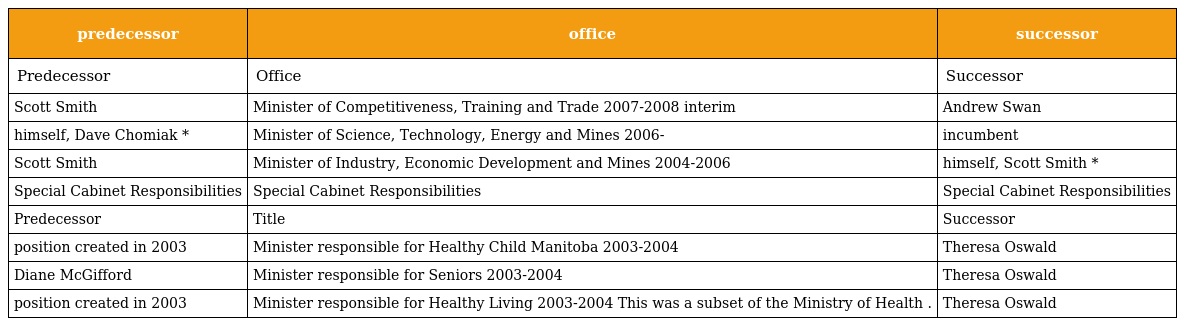
| predecessor | office | successor |
 | --- | --- | --- |
 | Predecessor | Office | Successor |
 | Scott Smith | Minister of Competitiveness, Training and Trade 2007-2008 interim | Andrew Swan |
 | himself, Dave Chomiak * | Minister of Science, Technology, Energy and Mines 2006- | incumbent |
 | Scott Smith | Minister of Industry, Economic Development and Mines 2004-2006 | himself, Scott Smith * |
 | Special Cabinet Responsibilities | Special Cabinet Responsibilities | Special Cabinet Responsibilities |
 | Predecessor | Title | Successor |
 | position created in 2003 | Minister responsible for Healthy Child Manitoba 2003-2004 | Theresa Oswald |
 | Diane McGifford | Minister responsible for Seniors 2003-2004 | Theresa Oswald |
 | position created in 2003 | Minister responsible for Healthy Living 2003-2004 This was a subset of the Ministry of Health . | Theresa Oswald |